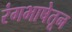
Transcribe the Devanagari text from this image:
रंगभाषेतून